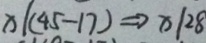
x \vert ( 4 5 - 1 7 ) \Rightarrow x \vert 2 8